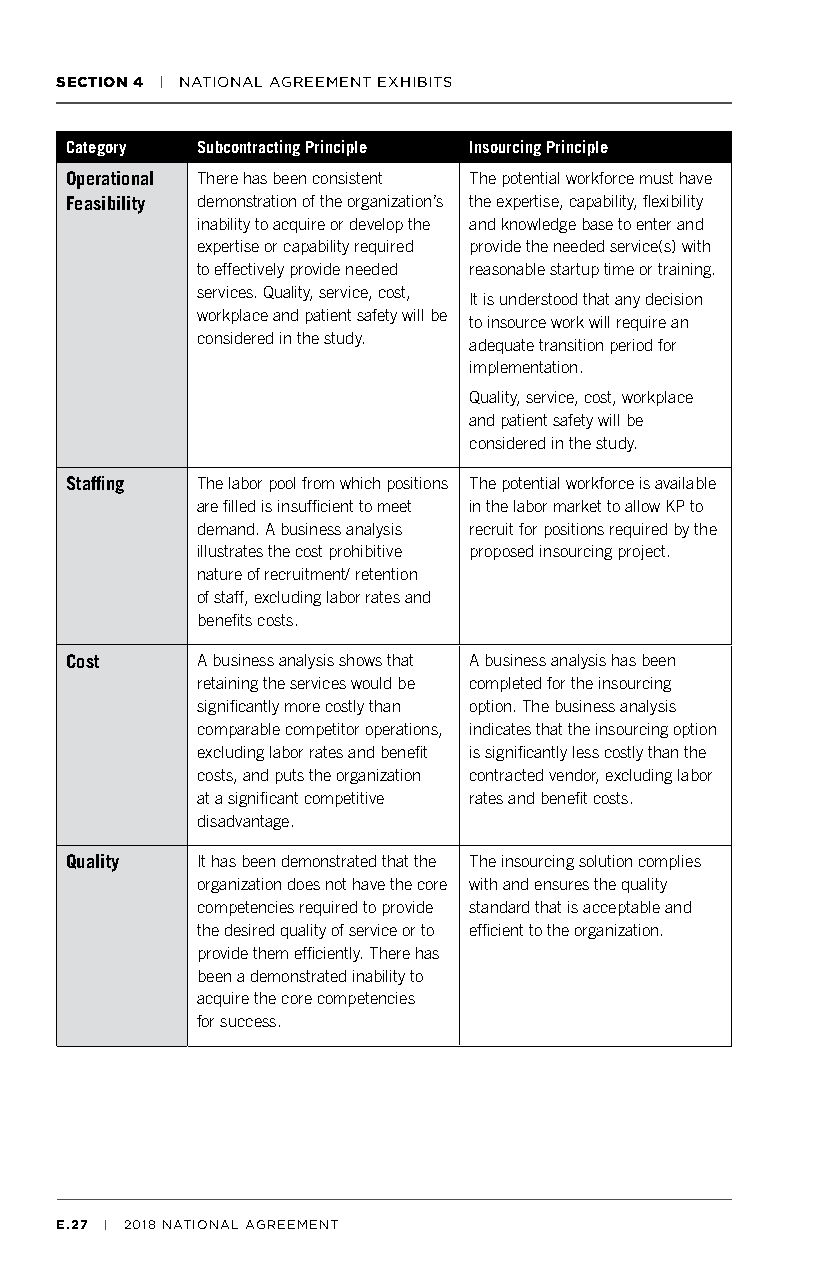
SECTION 4 | NATIONAL AGREEMENT EXHIBITS
 Category Subcontracting Principle Insourcing Principle
 Operational There has been consistent The potential workforce must have
 Feasibility demonstration of the organization’s the expertise, capability, flexibility
 inability to acquire or develop the and knowledge base to enter and
 expertise or capability required provide the needed service(s) with
 to effectively provide needed reasonable startup time or training.
 services. Quality, service, cost,
 It is understood that any decision
 workplace and patient safety will be
 to insource work will require an
 considered in the study.
 adequate transition period for
 implementation.
 Quality, service, cost, workplace
 and patient safety will be
 considered in the study.
 Staffing The labor pool from which positions The potential workforce is available
 are filled is insufficient to meet in the labor market to allow KP to
 demand. A business analysis recruit for positions required by the
 illustrates the cost prohibitive proposed insourcing project.
 nature of recruitment/ retention
 of staff, excluding labor rates and
 benefits costs.
 Cost     A business analysis shows that A business analysis has been
 retaining the services would be completed for the insourcing
 significantly more costly than option. The business analysis
 comparable competitor operations, indicates that the insourcing option
 excluding labor rates and benefit is significantly less costly than the
 costs, and puts the organization contracted vendor, excluding labor
 at a significant competitive rates and benefit costs.
 disadvantage.
 Quality  It has been demonstrated that the The insourcing solution complies
 organization does not have the core with and ensures the quality
 competencies required to provide standard that is acceptable and
 the desired quality of service or to efficient to the organization.
 provide them efficiently. There has
 been a demonstrated inability to
 acquire the core competencies
 for success.
 E.27 | 2018 NATIONAL AGREEMENT